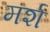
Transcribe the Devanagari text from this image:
मर्श